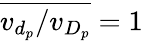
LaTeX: \overline{{v_{d_{p}}/v_{D_{p}}}}=1